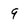
Character: 9